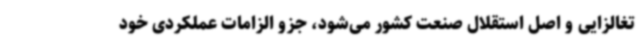
تغالزایی و اصل استقلال صنعت کشور می‌شود، جزو الزامات عملکردی خود